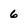
Character: 6